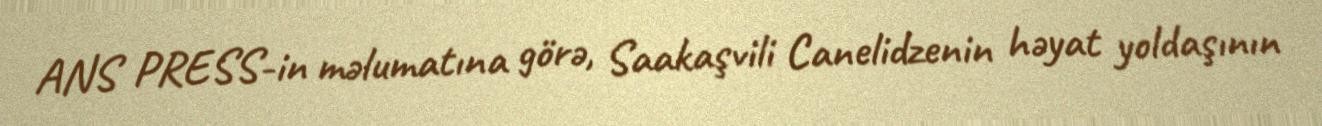
ANS PRESS-in məlumatına görə, Saakaşvili Canelidzenin həyat yoldaşının